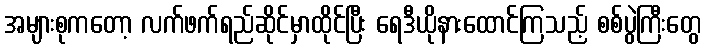
အများစုကတော့ လက်ဖက်ရည်ဆိုင်မှာထိုင်ပြီး ရေဒီယိုနားထောင်ကြသည့် စစ်ပွဲကြီးတွေ